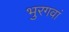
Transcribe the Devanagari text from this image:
भुरगवां